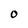
Character: 0